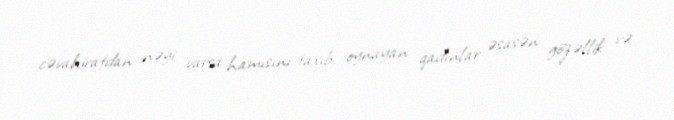
cəvahiratdan nəyi varsa hamısını taxıb oynayan qadınlar əsasən gözəllik və